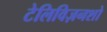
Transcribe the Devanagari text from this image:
टेलिविज़नशो